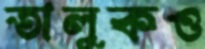
তালুকও